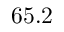
6 5 . 2